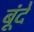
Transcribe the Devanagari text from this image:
बूंंदें